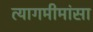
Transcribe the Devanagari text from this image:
त्यागमीमांसा